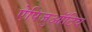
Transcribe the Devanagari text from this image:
ऐपिजुऑटिव